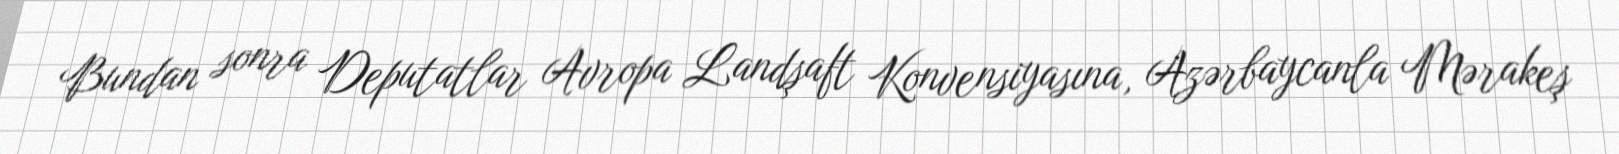
Bundan sonra Deputatlar Avropa Landşaft Konvensiyasına, Azərbaycanla Mərakeş